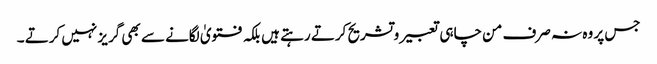
جس پر وہ نہ صرف من چاہی تعبیر و تشریح کرتے رہتے ہیں بلکہ فتویٰ لگانے سے بھی گریز نہیں کرتے ۔